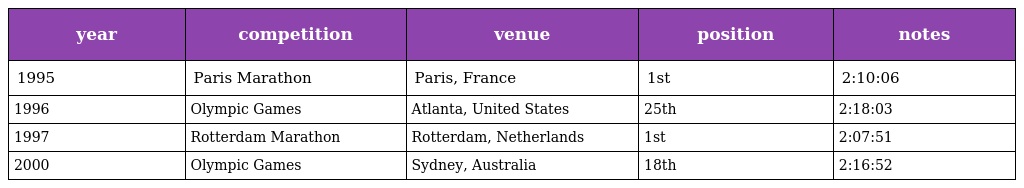
| year | competition | venue | position | notes |
 | --- | --- | --- | --- | --- |
 | 1995 | Paris Marathon | Paris, France | 1st | 2:10:06 |
 | 1996 | Olympic Games | Atlanta, United States | 25th | 2:18:03 |
 | 1997 | Rotterdam Marathon | Rotterdam, Netherlands | 1st | 2:07:51 |
 | 2000 | Olympic Games | Sydney, Australia | 18th | 2:16:52 |